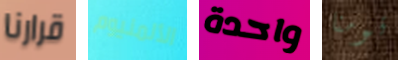
قرارنا الألمنيوم واحدة قومنا